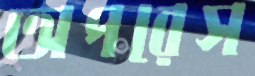
অপরেস